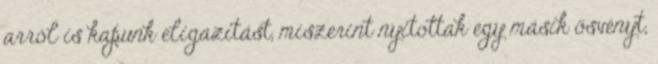
arról is kapunk eligazítást, miszerint nyitottak egy másik ösvényt,